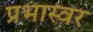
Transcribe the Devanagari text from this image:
प्रभास्वर